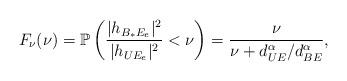
LaTeX: \begin{align*}F_\nu(\nu) = \mathbb{P}\left(\frac{|h_{B_*E_e}|^2}{|h_{UE_e}|^2}<\nu\right) = \frac{\nu}{\nu+d^\alpha_{UE}/d^\alpha_{BE}},\end{align*}